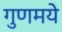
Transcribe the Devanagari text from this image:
गुणमये